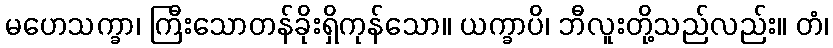
မဟေသက္ခာ၊ ကြီးသောတန်ခိုးရှိကုန်သော။ ယက္ခာပိ၊ ဘီလူးတို့သည်လည်း။ တံ၊